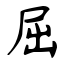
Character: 屈